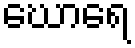
ဃောရေ